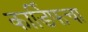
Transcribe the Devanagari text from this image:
कार्डिफचा